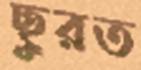
ছুরত